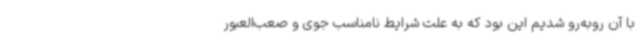
با آن روبه‌رو شدیم این بود که به علت شرایط نامناسب جوی و صعب‌العبور